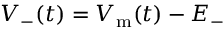
V _ { - } ( t ) = V _ { \mathrm { m } } ( t ) - E _ { - }